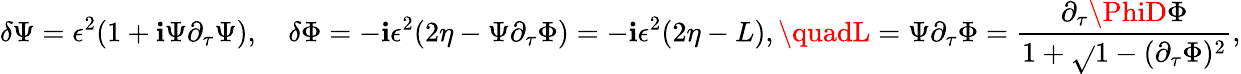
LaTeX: \delta\Psi=\epsilon^{2}(1+\mathbf{i}\Psi\partial_{\tau}\Psi),\quad\delta\Phi=-\mathbf{i}\epsilon^{2}(2\eta-\Psi\partial_{\tau}\Phi)=-\mathbf{i}\epsilon^{2}(2\eta-L),\quadL=\Psi\partial_{\tau}\Phi={\frac{{\partial_{\tau}\PhiD\Phi}}{{1+\sqrt{}{{1-(\partial_{\tau}\Phi)^{2}}}}}},